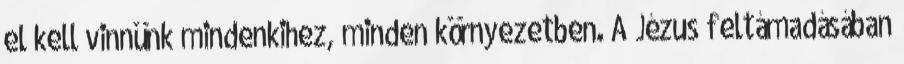
el kell vinnünk mindenkihez, minden környezetben. A Jézus feltámadásában